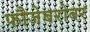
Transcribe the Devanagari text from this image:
फौजेबरोबर